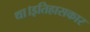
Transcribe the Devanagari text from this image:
था।इतिहासकार